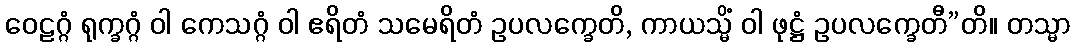
ဝေဠဂ္ဂံ ရုက္ခဂ္ဂံ ဝါ ကေသဂ္ဂံ ဝါ ဧရိတံ သမေရိတံ ဥပလက္ခေတိ, ကာယသ္မိံ ဝါ ဖုဋ္ဌံ ဥပလက္ခေတီ”တိ။ တသ္မာ